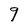
Character: 9